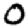
Digit: 0